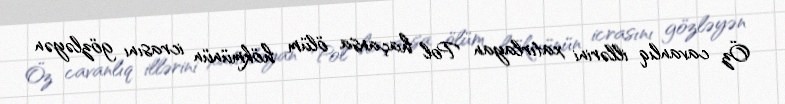
Öz cavanlıq illərini xatırlayan Pol haçansa ölüm hökmünün icrasını gözləyən